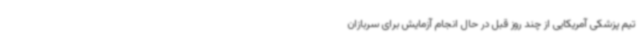
تیم پزشکی آمریکایی از چند روز قبل در حال انجام آزمایش برای سربازان